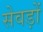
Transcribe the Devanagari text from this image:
सेवड़ों